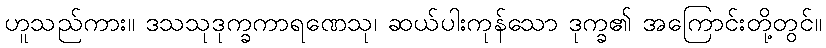
ဟူသည်ကား။ ဒသသုဒုက္ခကာရဏေသု၊ ဆယ်ပါးကုန်သော ဒုက္ခ၏ အကြောင်းတို့တွင်။